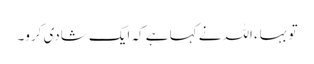
تو بہاء اللہ نے کہا ہے کہ ایک شادی کرو۔